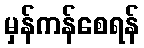
မှန်ကန်စေရန်